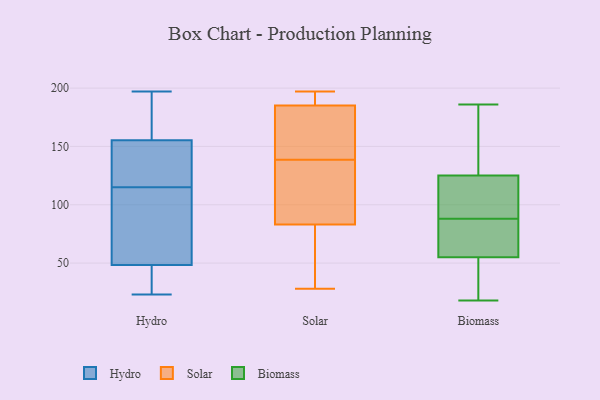
{"axis": {"x": "Humidity (%)", "y": "Value"}, "legend": ["Biomass", "Hydro", "Solar"], "data": [{"x": "", "y": 131, "type": "Hydro"}, {"x": "", "y": 114, "type": "Hydro"}, {"x": "", "y": 40, "type": "Hydro"}, {"x": "", "y": 23, "type": "Hydro"}, {"x": "", "y": 48, "type": "Hydro"}, {"x": "", "y": 160, "type": "Hydro"}, {"x": "", "y": 195, "type": "Hydro"}, {"x": "", "y": 91, "type": "Hydro"}, {"x": "", "y": 49, "type": "Hydro"}, {"x": "", "y": 196, "type": "Hydro"}, {"x": "", "y": 23, "type": "Hydro"}, {"x": "", "y": 197, "type": "Hydro"}, {"x": "", "y": 115, "type": "Hydro"}, {"x": "", "y": 136, "type": "Hydro"}, {"x": "", "y": 141, "type": "Hydro"}, {"x": "", "y": 28, "type": "Solar"}, {"x": "", "y": 132, "type": "Solar"}, {"x": "", "y": 51, "type": "Solar"}, {"x": "", "y": 136, "type": "Solar"}, {"x": "", "y": 90, "type": "Solar"}, {"x": "", "y": 192, "type": "Solar"}, {"x": "", "y": 142, "type": "Solar"}, {"x": "", "y": 197, "type": "Solar"}, {"x": "", "y": 189, "type": "Solar"}, {"x": "", "y": 185, "type": "Solar"}, {"x": "", "y": 141, "type": "Solar"}, {"x": "", "y": 83, "type": "Solar"}, {"x": "", "y": 161, "type": "Solar"}, {"x": "", "y": 44, "type": "Solar"}, {"x": "", "y": 104, "type": "Biomass"}, {"x": "", "y": 131, "type": "Biomass"}, {"x": "", "y": 38, "type": "Biomass"}, {"x": "", "y": 56, "type": "Biomass"}, {"x": "", "y": 186, "type": "Biomass"}, {"x": "", "y": 119, "type": "Biomass"}, {"x": "", "y": 54, "type": "Biomass"}, {"x": "", "y": 169, "type": "Biomass"}, {"x": "", "y": 70, "type": "Biomass"}, {"x": "", "y": 18, "type": "Biomass"}, {"x": "", "y": 81, "type": "Biomass"}, {"x": "", "y": 95, "type": "Biomass"}]}